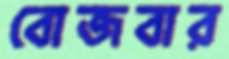
বোজবার